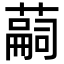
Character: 𦽊